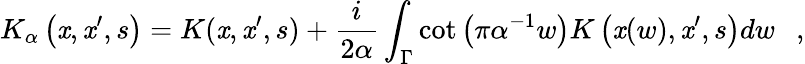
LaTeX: K_{\alpha}\left(\mathit{x},\mathit{x}^{\prime},s\right)=K(\mathit{x},\mathit{x}^{\prime},s)+{\frac{{i}}{{2\alpha}}}\int_{\Gamma}\cot\left(\pi\alpha^{-1}w\right)K\left(\mathit{x}(w),\mathit{x}^{\prime},s\right)dw~~~,